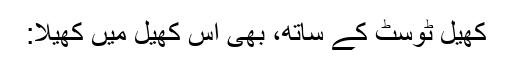
کھیل ٹوسٹ کے ساتھ، بھی اس کھیل میں کھیلا: